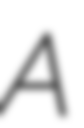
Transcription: A